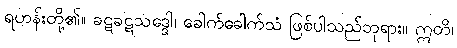
ရဟန်းတို့၏။ ခဋခဋသဒ္ဒေါ၊ ခေါက်ခေါက်သံ ဖြစ်ပါသည်ဘုရား။ ဣတိ၊